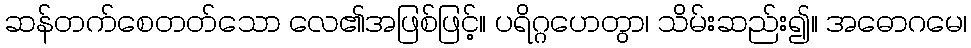
ဆန်တက်စေတတ်သော လေ၏အဖြစ်ဖြင့်။ ပရိဂ္ဂဟေတွာ၊ သိမ်းဆည်း၍။ အဓောဂမေ၊